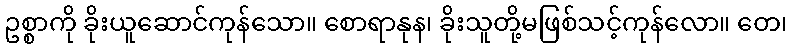
ဥစ္စာကို ခိုးယူဆောင်ကုန်သော။ စောရာနုန၊ ခိုးသူတို့မဖြစ်သင့်ကုန်လော။ တေ၊